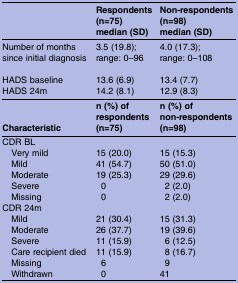
<table><thead><tr><td></td><td><b>Respondents (n=75)median (SD)</b></td><td><b>Non-respondents (n=98)median (SD)</b></td></tr></thead><tbody><tr><td>Number of months since initial diagnosis</td><td>3.5 (19.8); range: 0–96</td><td>4.0 (17.3); range: 0–108</td></tr><tr><td>HADS baseline</td><td>13.6 (6.9)</td><td>13.4 (7.7)</td></tr><tr><td>HADS 24m</td><td>14.2 (8.1)</td><td>12.9 (8.3)</td></tr><tr><td><b>Characteristic</b></td><td><b>n (%) of respondents (n=75)</b></td><td><b>n (%) of non-respondents (n=98)</b></td></tr><tr><td colspan="3">CDR BL</td></tr><tr><td> Very mild</td><td>15 (20.0)</td><td>15 (15.3)</td></tr><tr><td> Mild</td><td>41 (54.7)</td><td>50 (51.0)</td></tr><tr><td> Moderate</td><td>19 (25.3)</td><td>29 (29.6)</td></tr><tr><td> Severe</td><td>0</td><td>2 (2.0)</td></tr><tr><td> Missing</td><td>0</td><td>2 (2.0)</td></tr><tr><td colspan="3">CDR 24m</td></tr><tr><td> Mild</td><td>21 (30.4)</td><td>15 (31.3)</td></tr><tr><td> Moderate</td><td>26 (37.7)</td><td>19 (39.6)</td></tr><tr><td> Severe</td><td>11 (15.9)</td><td>6 (12.5)</td></tr><tr><td> Care recipient died</td><td>11 (15.9)</td><td>8 (16.7)</td></tr><tr><td> Missing</td><td>6</td><td>9</td></tr><tr><td> Withdrawn</td><td>0</td><td>41</td></tr></tbody></table>